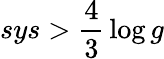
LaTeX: sys>{\frac{4}{3}}\log g